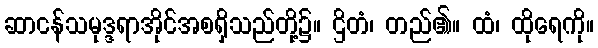
ဆာငန်သမုဒ္ဒရာအိုင်အစရှိသည်တို့၌။ ဌိတံ၊ တည်၏။ ထံ၊ ထိုရေကို။